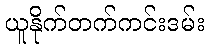
ယူနိုက်တက်ကင်းဒမ်း